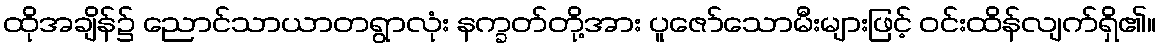
ထိုအချိန်၌ ညောင်သာယာတရွာလုံး နက္ခတ်တို့အား ပူဇော်သောမီးများဖြင့် ဝင်းထိန်လျက်ရှိ၏။